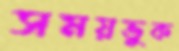
সময়ভুক